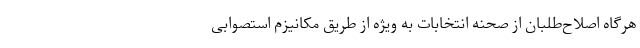
هرگاه اصلاح‌طلبان از صحنه انتخابات به ویژه از طریق مکانیزم استصوابی